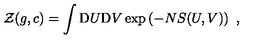
{ \cal Z } ( g , c ) = \int \mathrm { D } U \mathrm { D } V \exp \left( - N S ( U , V ) \right) \ ,